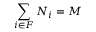
\sum _ { i \in F } N _ { i } = M